65_HS1-834228961_62-HQ-83894_Section_3
Agency: FBI
Page 170
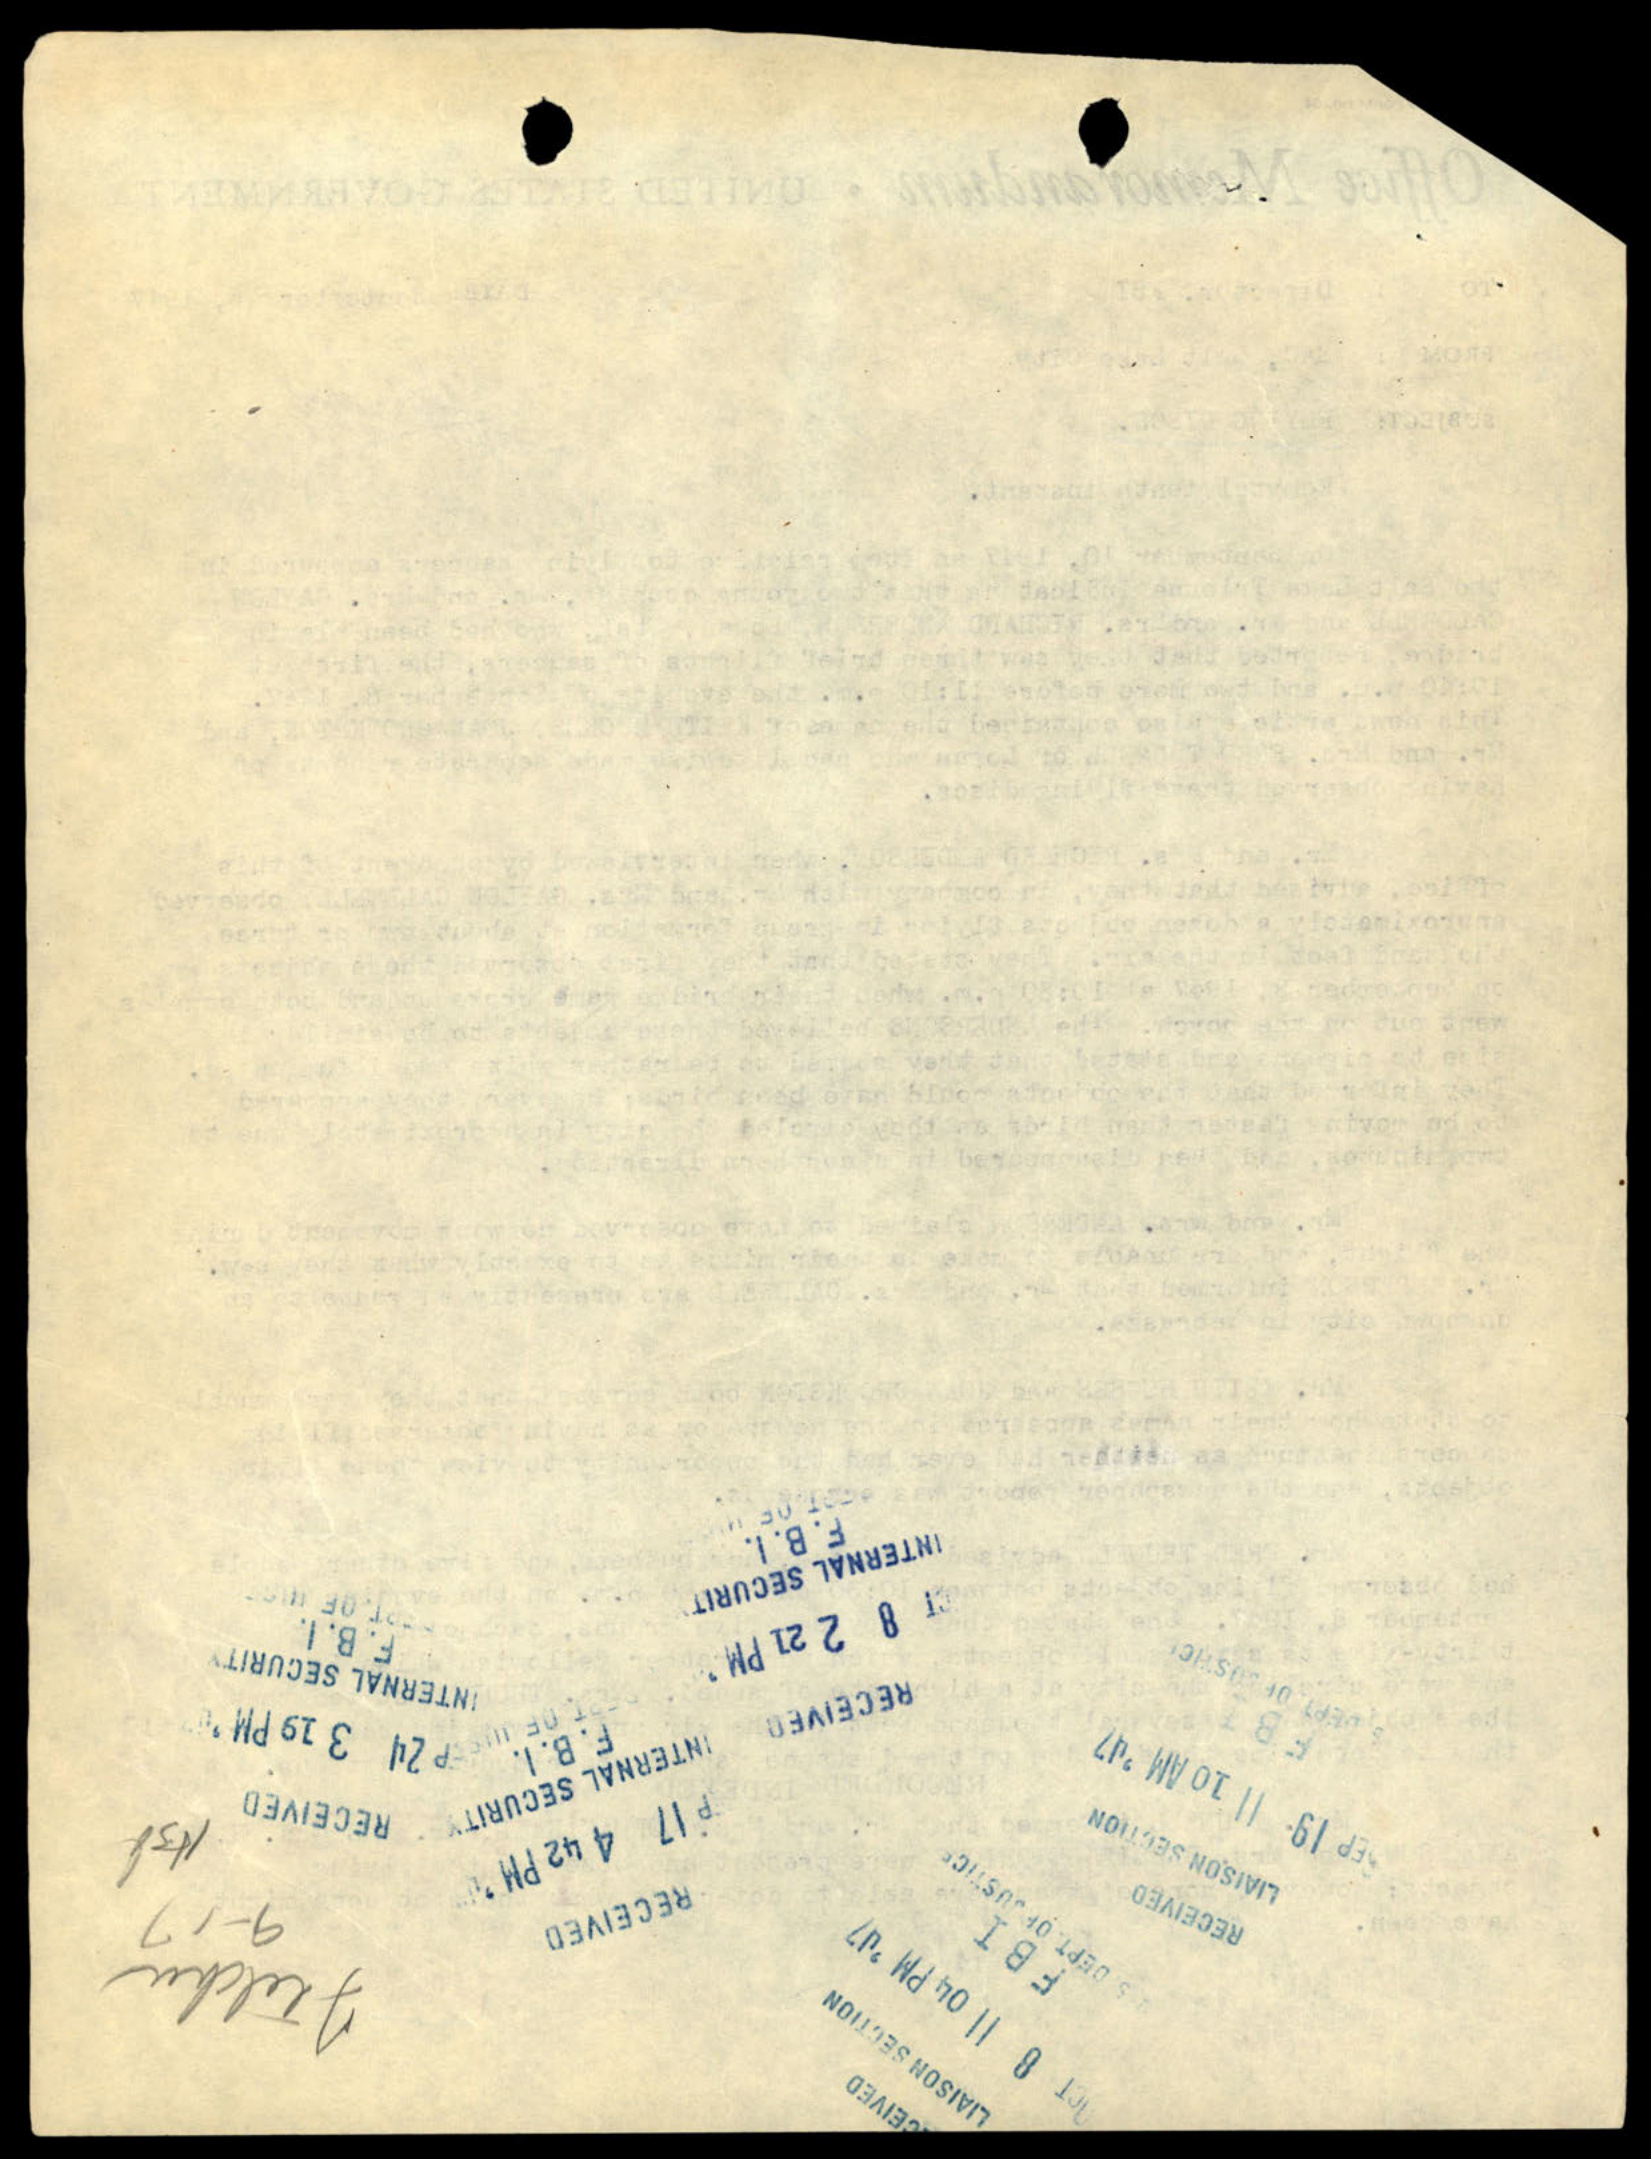